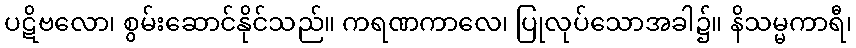
ပဋိဗလော၊ စွမ်းဆောင်နိုင်သည်။ ကရဏကာလေ၊ ပြုလုပ်သောအခါ၌။ နိသမ္မကာရီ၊